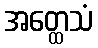
အတ္ထေသံ